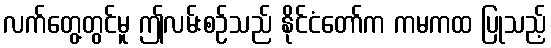
လက်တွေ့တွင်မူ ဤလမ်းစဉ်သည် နိုင်ငံတော်က ကမကထ ပြုသည့်